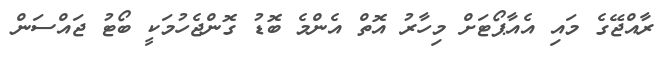
ރާއްޖޭގެ މައި އެއާޕޯޓަށް މިހާރު އޮތް އެންމެ ބޮޑު ގޮންޖެހުމަކީ ބޯޓު ޖައްސަން